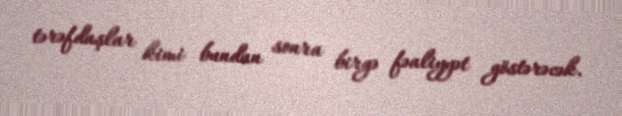
tərəfdaşlar kimi bundan sonra birgə fəaliyyət göstərəcək.